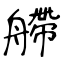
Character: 艜